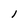
Character: l